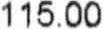
115.00